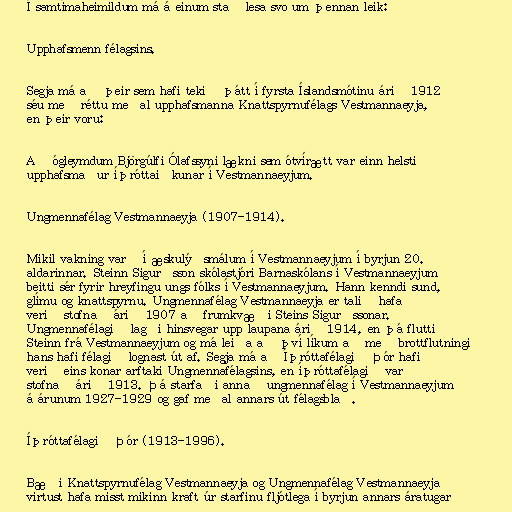
Í samtímaheimildum má á einum stað lesa svo um þennan leik:

Upphafsmenn félagsins.

Segja má að þeir sem hafi tekið þátt í fyrsta Íslandsmótinu árið 1912
séu með réttu meðal upphafsmanna Knattspyrnufélags Vestmannaeyja,
en þeir voru:

Að ógleymdum Björgúlfi Ólafssyni lækni sem ótvírætt var einn helsti
upphafsmaður íþróttaiðkunar í Vestmannaeyjum.

Ungmennafélag Vestmannaeyja (1907-1914).

Mikil vakning varð í æskulýðsmálum í Vestmannaeyjum í byrjun 20.
aldarinnar. Steinn Sigurðsson skólastjóri Barnaskólans í Vestmannaeyjum
beitti sér fyrir hreyfingu ungs fólks í Vestmannaeyjum. Hann kenndi sund,
glímu og knattspyrnu. Ungmennafélag Vestmannaeyja er talið hafa
verið stofnað árið 1907 að frumkvæði Steins Sigurðssonar.
Ungmennafélagið lagði hinsvegar upp laupana árið 1914, en þá flutti
Steinn frá Vestmannaeyjum og má leiða að því líkum að með brottflutningi
hans hafi félagið lognast út af. Segja má að Íþróttafélagið Þór hafi
verið eins konar arftaki Ungmennafélagsins, en íþróttafélagið var
stofnað árið 1913. Þá starfaði annað ungmennafélag í Vestmannaeyjum
á árunum 1927-1929 og gaf meðal annars út félagsblað.

Íþróttafélagið Þór (1913-1996).

Bæði Knattspyrnufélag Vestmannaeyja og Ungmennafélag Vestmannaeyja
virtust hafa misst mikinn kraft úr starfinu fljótlega í byrjun annars áratugar